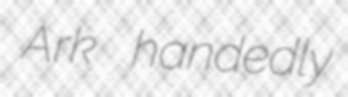
Ark handedly